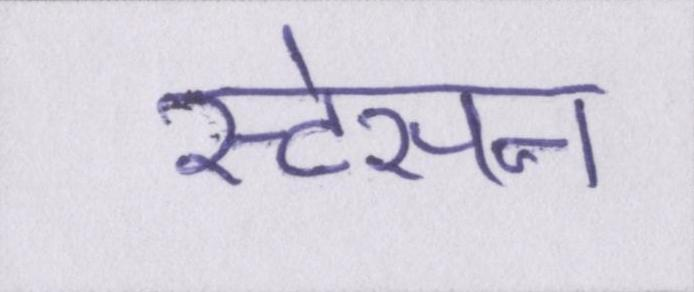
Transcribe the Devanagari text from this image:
स्टेसन